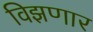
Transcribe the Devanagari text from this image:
विझणार